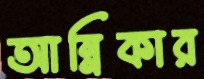
আন্নিকার